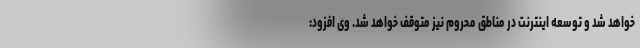
خواهد شد و توسعه اینترنت در مناطق محروم نیز متوقف خواهد شد. وی افزود: